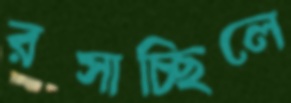
রসাচ্ছিলে